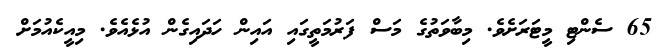
65 ސެންޓި މީޓަރަށެވެ. މިބާވަތުގެ މަސް ފަރުމަތީގައި އައިން ހަދައިގެން އުޅެއެވެ. މިއީކެއުމަށް